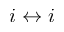
i \leftrightarrow i